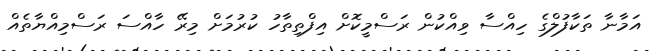
އަމާނާ ތަކާފުލްގެ ހިއްސާ ވިއްކުން ރަސްމީކޮށް އިފްތިތާހު ކުރުމަށް މިރޭ ހާއްސަ ރަސްމިއްޔާތެއް